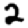
Digit: 2